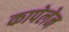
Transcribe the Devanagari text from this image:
कापेलेन